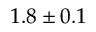
1 . 8 \pm 0 . 1